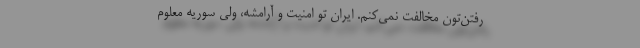
رفتن‌تون مخالفت نمی‌کنم. ایران تو امنیت و آرامشه، ولی سوریه معلوم